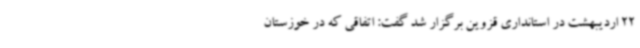
22 اردیبهشت در استانداری قزوین برگزار شد گفت: اتفاقی که در خوزستان